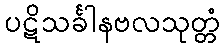
ပဋိသင်္ခါနဗလသုတ္တံ